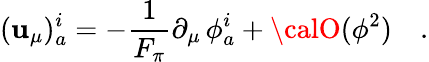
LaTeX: (\mathbf{u}_{\mu})_{a}^{i}=-\frac{{1}}{{F_{\pi}}}\partial_{\mu}\, \phi_{a}^{i}+{\calO}(\phi^{2})\quad.